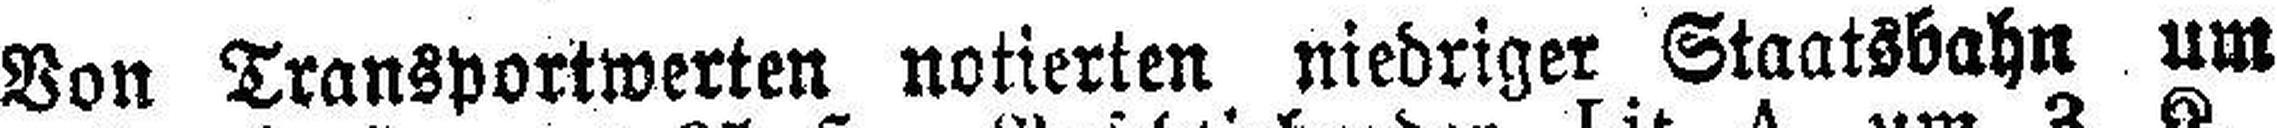
Von Transportwerten notierten niedriger Staatsbahn um